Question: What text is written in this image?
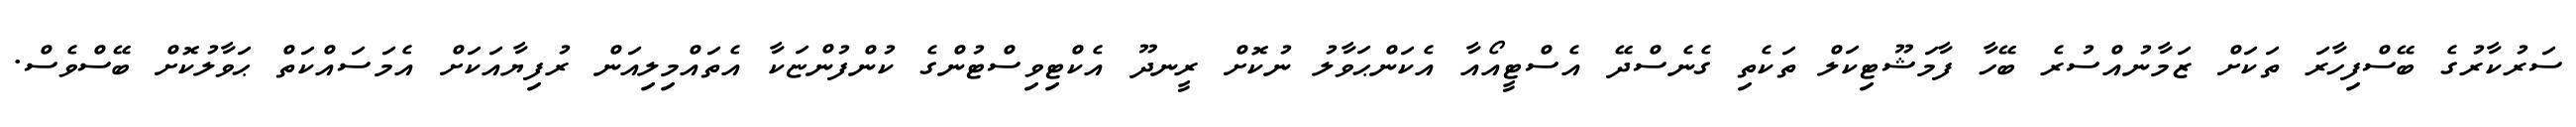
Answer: ސަރުކާރުގެ ބޭސްފިހާރަ ތަކަށް ޒަމާނުއްސުރެ ބޭހާ ފާމަޝޫޓިކަލް ތަކެތި ގެނެސްދޭ އެސްޓީއޯއާ އެކަންޙަވާލު ނުކޮށް ރީނދޫ އެކްޓިވިސްޓުންގެ ކުންފުންޏަކާ އެތައްމިލިއަން ރުފިޔާއަކަށް އެމަސައްކަތް ޙަވާލުކޮށް ބޭސްވެސް.